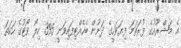
އެ މަޝްރޫއުގެ ފުރަތަމަ ފިޔަވަހީގެ ދަށުން ބެހެއްޓިފައިވަނީ 395 ކިލޯ ވޯޓުގެ ހަކަތަ